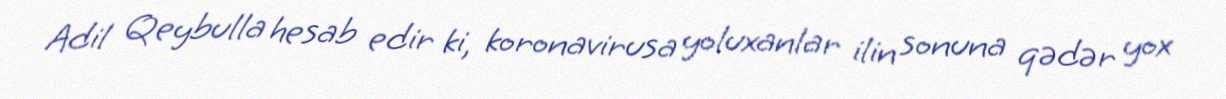
Adil Qeybulla hesab edir ki, koronavirusa yoluxanlar ilin sonuna qədər yox